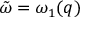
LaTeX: { \tilde { \omega } } = \omega _ { 1 } ( q )